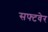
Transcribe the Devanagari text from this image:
सफ्टवेर